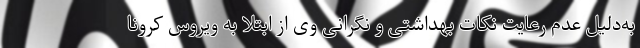
به‌دلیل عدم رعایت نکات بهداشتی و نگرانی وی از ابتلا به ویروس کرونا